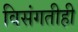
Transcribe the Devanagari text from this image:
विसंगतीही